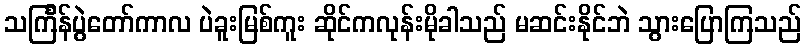
သင်္ကြန်ပွဲတော်ကာလ ပဲခူးမြစ်ကူး ဆိုင်ကလုန်းမိုခါသည် မဆင်းနိုင်ဘဲ သွားပြောကြသည်